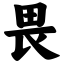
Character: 畏